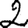
Digit: 2